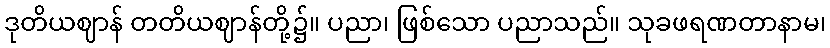
ဒုတိယဈာန် တတိယဈာန်တို့၌။ ပညာ၊ ဖြစ်သော ပညာသည်။ သုခဖရဏတာနာမ၊